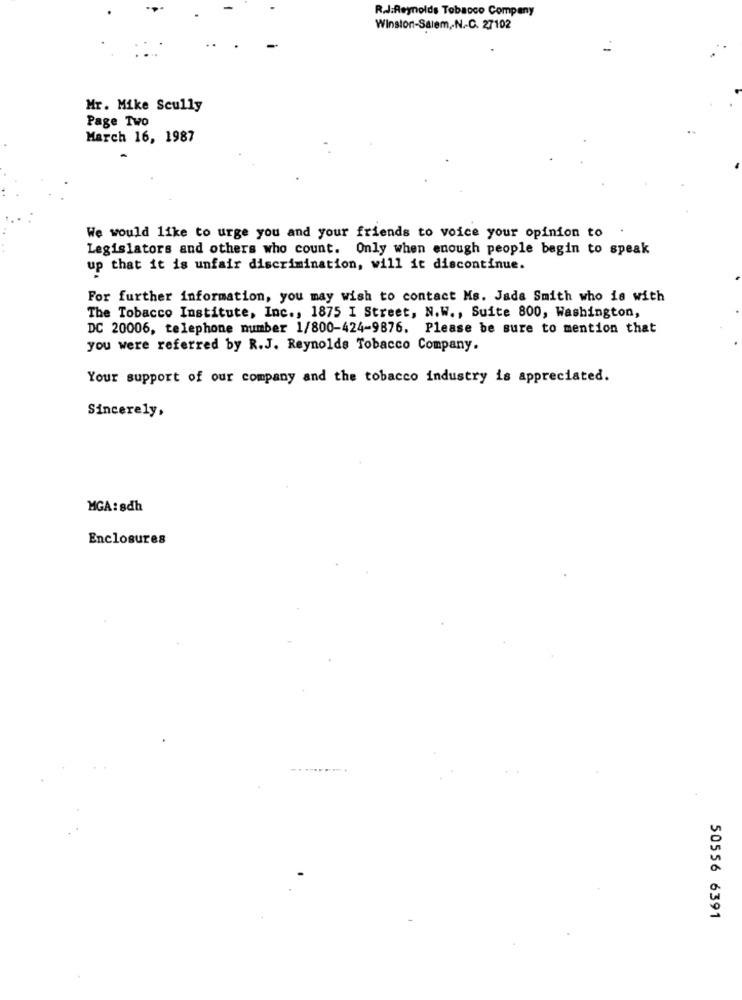
R.J.Reynolds Tobacco Company
Winston-Salem ,- N.C. 27102
Mr. Mike Scully
Page Two
March 16, 1987
We would like to urge you and your friends to voice your opinion to .
Legislators and others who count. Only when enough people begin to speak
up that it is unfair discrimination, will it discontinue.
For further information, you may wish to contact Ms. Jada Smith who is with
The Tobacco Institute, Inc ., 1875 I Street, N.W ., Suite 800, Washington,
DC 20006, telephone number 1/800-424-9876. Please be sure to mention that
you were referred by R.J. Reynolds Tobacco Company.
Your support of our company and the tobacco industry is appreciated.
Sincerely,
MGA: sdh
Enclosures
50556 6391